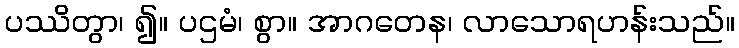
ပဿိတွာ၊ ၍။ ပဌမံ၊ စွာ။ အာဂတေန၊ လာသောရဟန်းသည်။